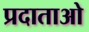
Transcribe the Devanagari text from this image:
प्रदाताओ